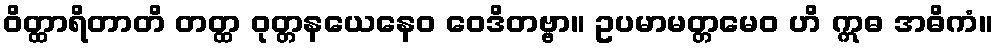
ဝိတ္ထာရိတာတိ တတ္ထ ဝုတ္တနယေနေဝ ဝေဒိတဗ္ဗာ။ ဥပမာမတ္တမေဝ ဟိ ဣဓ အဓိကံ။